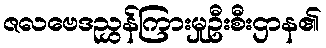
ဇလဗေဒညွှန်ကြားမှုဦးစီးဌာန၏